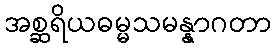
အစ္ဆရိယဓမ္မသမန္နာဂတာ